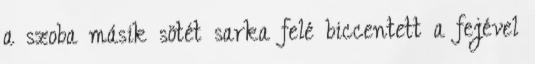
a szoba másik sötét sarka felé biccentett a fejével